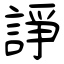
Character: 諍